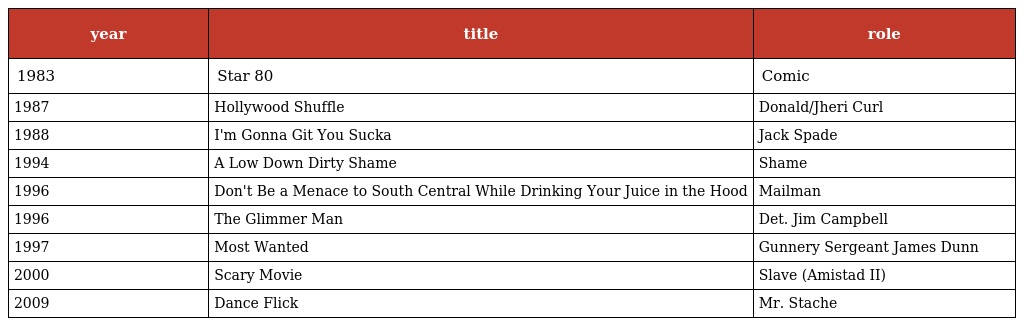
| year | title | role |
 | --- | --- | --- |
 | 1983 | Star 80 | Comic |
 | 1987 | Hollywood Shuffle | Donald/Jheri Curl |
 | 1988 | I'm Gonna Git You Sucka | Jack Spade |
 | 1994 | A Low Down Dirty Shame | Shame |
 | 1996 | Don't Be a Menace to South Central While Drinking Your Juice in the Hood | Mailman |
 | 1996 | The Glimmer Man | Det. Jim Campbell |
 | 1997 | Most Wanted | Gunnery Sergeant James Dunn |
 | 2000 | Scary Movie | Slave (Amistad II) |
 | 2009 | Dance Flick | Mr. Stache |